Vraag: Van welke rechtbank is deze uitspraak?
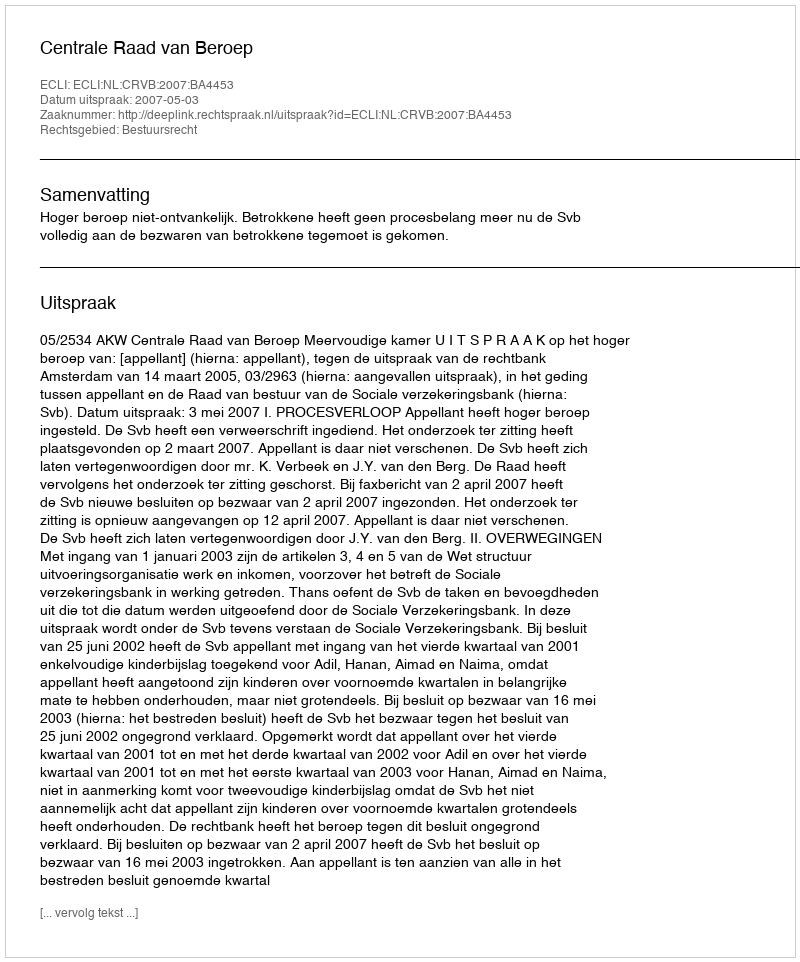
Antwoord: Centrale Raad van Beroep